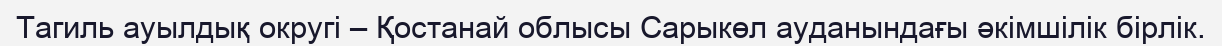
Тагиль ауылдық округі – Қостанай облысы Сарыкөл ауданындағы әкімшілік бірлік.